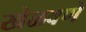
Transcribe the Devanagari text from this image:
खेळवणे